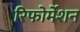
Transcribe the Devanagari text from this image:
रिफोर्मेशन